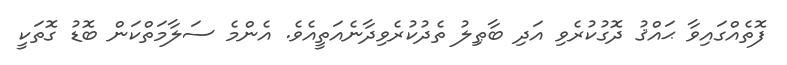
ފޮތެއްގައިވާ ޙައްޤު ދޮގުކުރެވި އަދި ބާޠިލު ތެދުކުރެވިދާނެއަތީއެވެ. އެންމެ ސަލާމަތްކަން ބޮޑު ގޮތަކީ